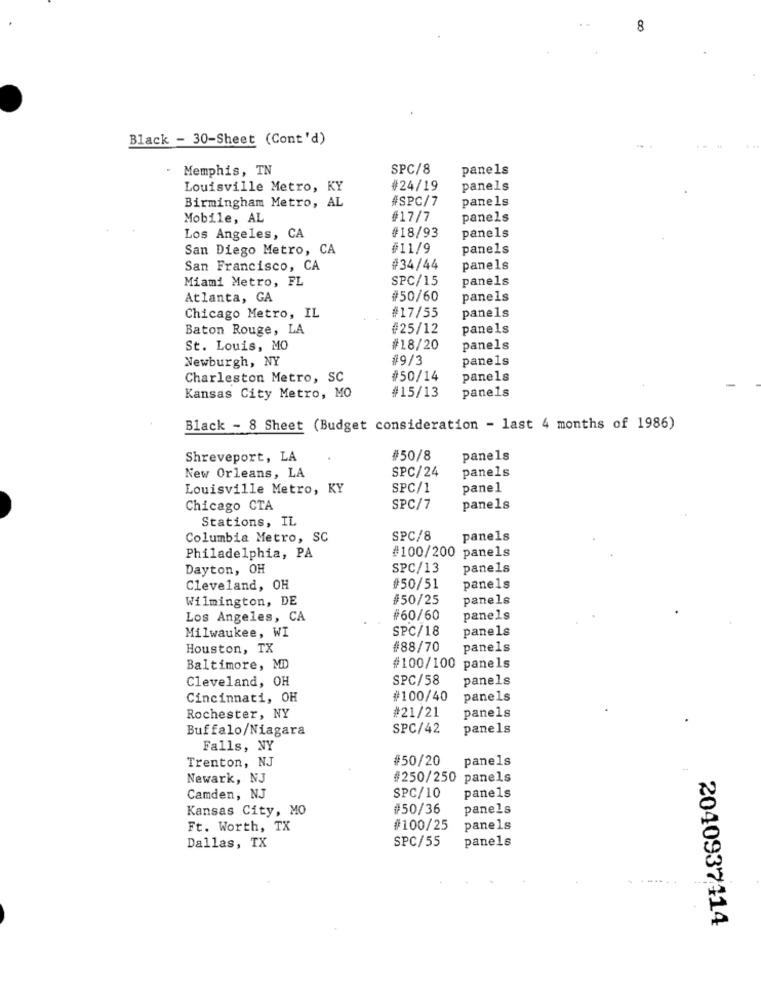
8
Black - 30-Sheet (Cont'd)
Memphis, TN
SPC/8
panels
Louisville Metro, KY
#24/19
panels
panels
Birmingham Metro, AL
#SPC/7
Mobile, AL
#17/7
panels
#18/93
Los Angeles, CA
panels
San Diego Metro, CA
#11/9
panels
San Francisco, CA
#34/44
panels
Miami Metro, FL
SPC/15
panels
Atlanta, GA
#50/60
panels
panels
Chicago Metro, IL
#17/55
Baton Rouge, LA
#25/12
panels
St. Louis, MO
#18/20
panels
Newburgh, NY
#9/3
panels
Charleston Metro, SC
#50/14
panels
#15/13
panels
Kansas City Metro, MO
Black - 8 Sheet (Budget consideration - last 4 months of 1986)
Shreveport, LA
#50/8
panels
panels
New Orleans, LA
SPC/24
Louisville Metro, KY
SPC/1
panel
Chicago CTA
SPC/7
panels
Stations, IL
Columbia Metro, SC
SPC/8
panels
Philadelphia, PA
#100/200 panels
Dayton, OH
SPC/13
panels
Cleveland, OH
#50/51
panels
Wilmington, DE
#50/25
panels
Los Angeles, CA
#60/60
panels
SPC/18
panels
Milwaukee, WI
Houston, TX
#88/70
panels
Baltimore, MD
#100/100 panels
SPC/58
panels
Cleveland, OH
Cincinnati, OH
#100/40
panels
#21/21
panels
Rochester, NY
Buffalo/Niagara
SPC/42
panels
Falls, NY
Trenton, NJ
#50/20
panels
Newark, NJ
#250/250 panels
panels
Camden, NJ
SPC/10
Kansas City, MO
#50/36
panels
Ft. Worth, TX
#100/25
panels
SPC/55
panels
Dallas, TX
2040937114